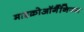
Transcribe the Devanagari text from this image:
माइक्रोऑर्गैनिज्म